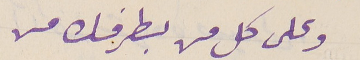
وعلى كل من بطرفك مني